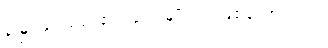
ရှုမြင်ခံရမည့် ဧည့်သည်မျိုးသာ ဖြစ်တော့သည်။